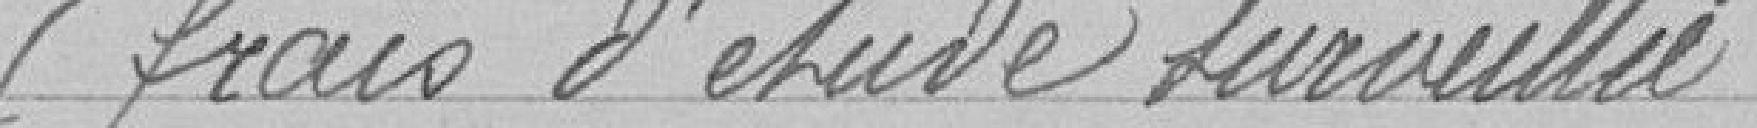
(frais d'étude surveillée)       36 francs